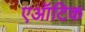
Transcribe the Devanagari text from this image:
एऑटिक